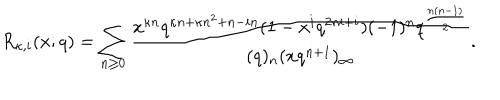
R _ { \kappa , i } ( x ; q ) = \sum _ { n \geq 0 } \frac { x ^ { \kappa n } q ^ { \kappa n + \kappa n ^ { 2 } + n - i n } ( 1 - x ^ { i } q ^ { 2 n i + i } ) ( - 1 ) ^ { n } q ^ { \frac { n ( n - 1 ) } { 2 } } } { ( q ) _ { n } ( x q ^ { n + 1 } ) _ { \infty } } .